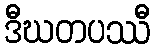
ဒီဃတပဿီ